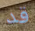
قد